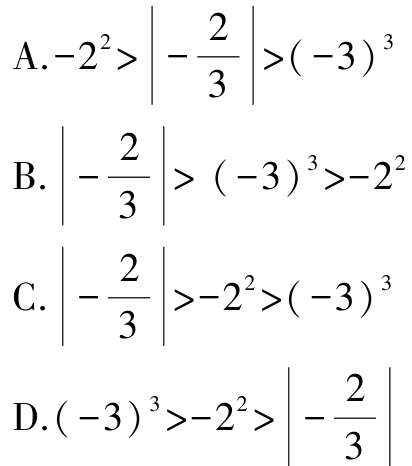
A.$-2^{2}>\left|-\dfrac{2}{3}\right|>(-3)^{3}$

B.$\left|-\dfrac{2}{3}\right|>(-3)^{3}>-2^{2}$

C.$\left|-\dfrac{2}{3}\right|>-2^{2}>(-3)^{3}$

D.$(-3)^{3}>-2^{2}>\left|-\dfrac{2}{3}\right|$